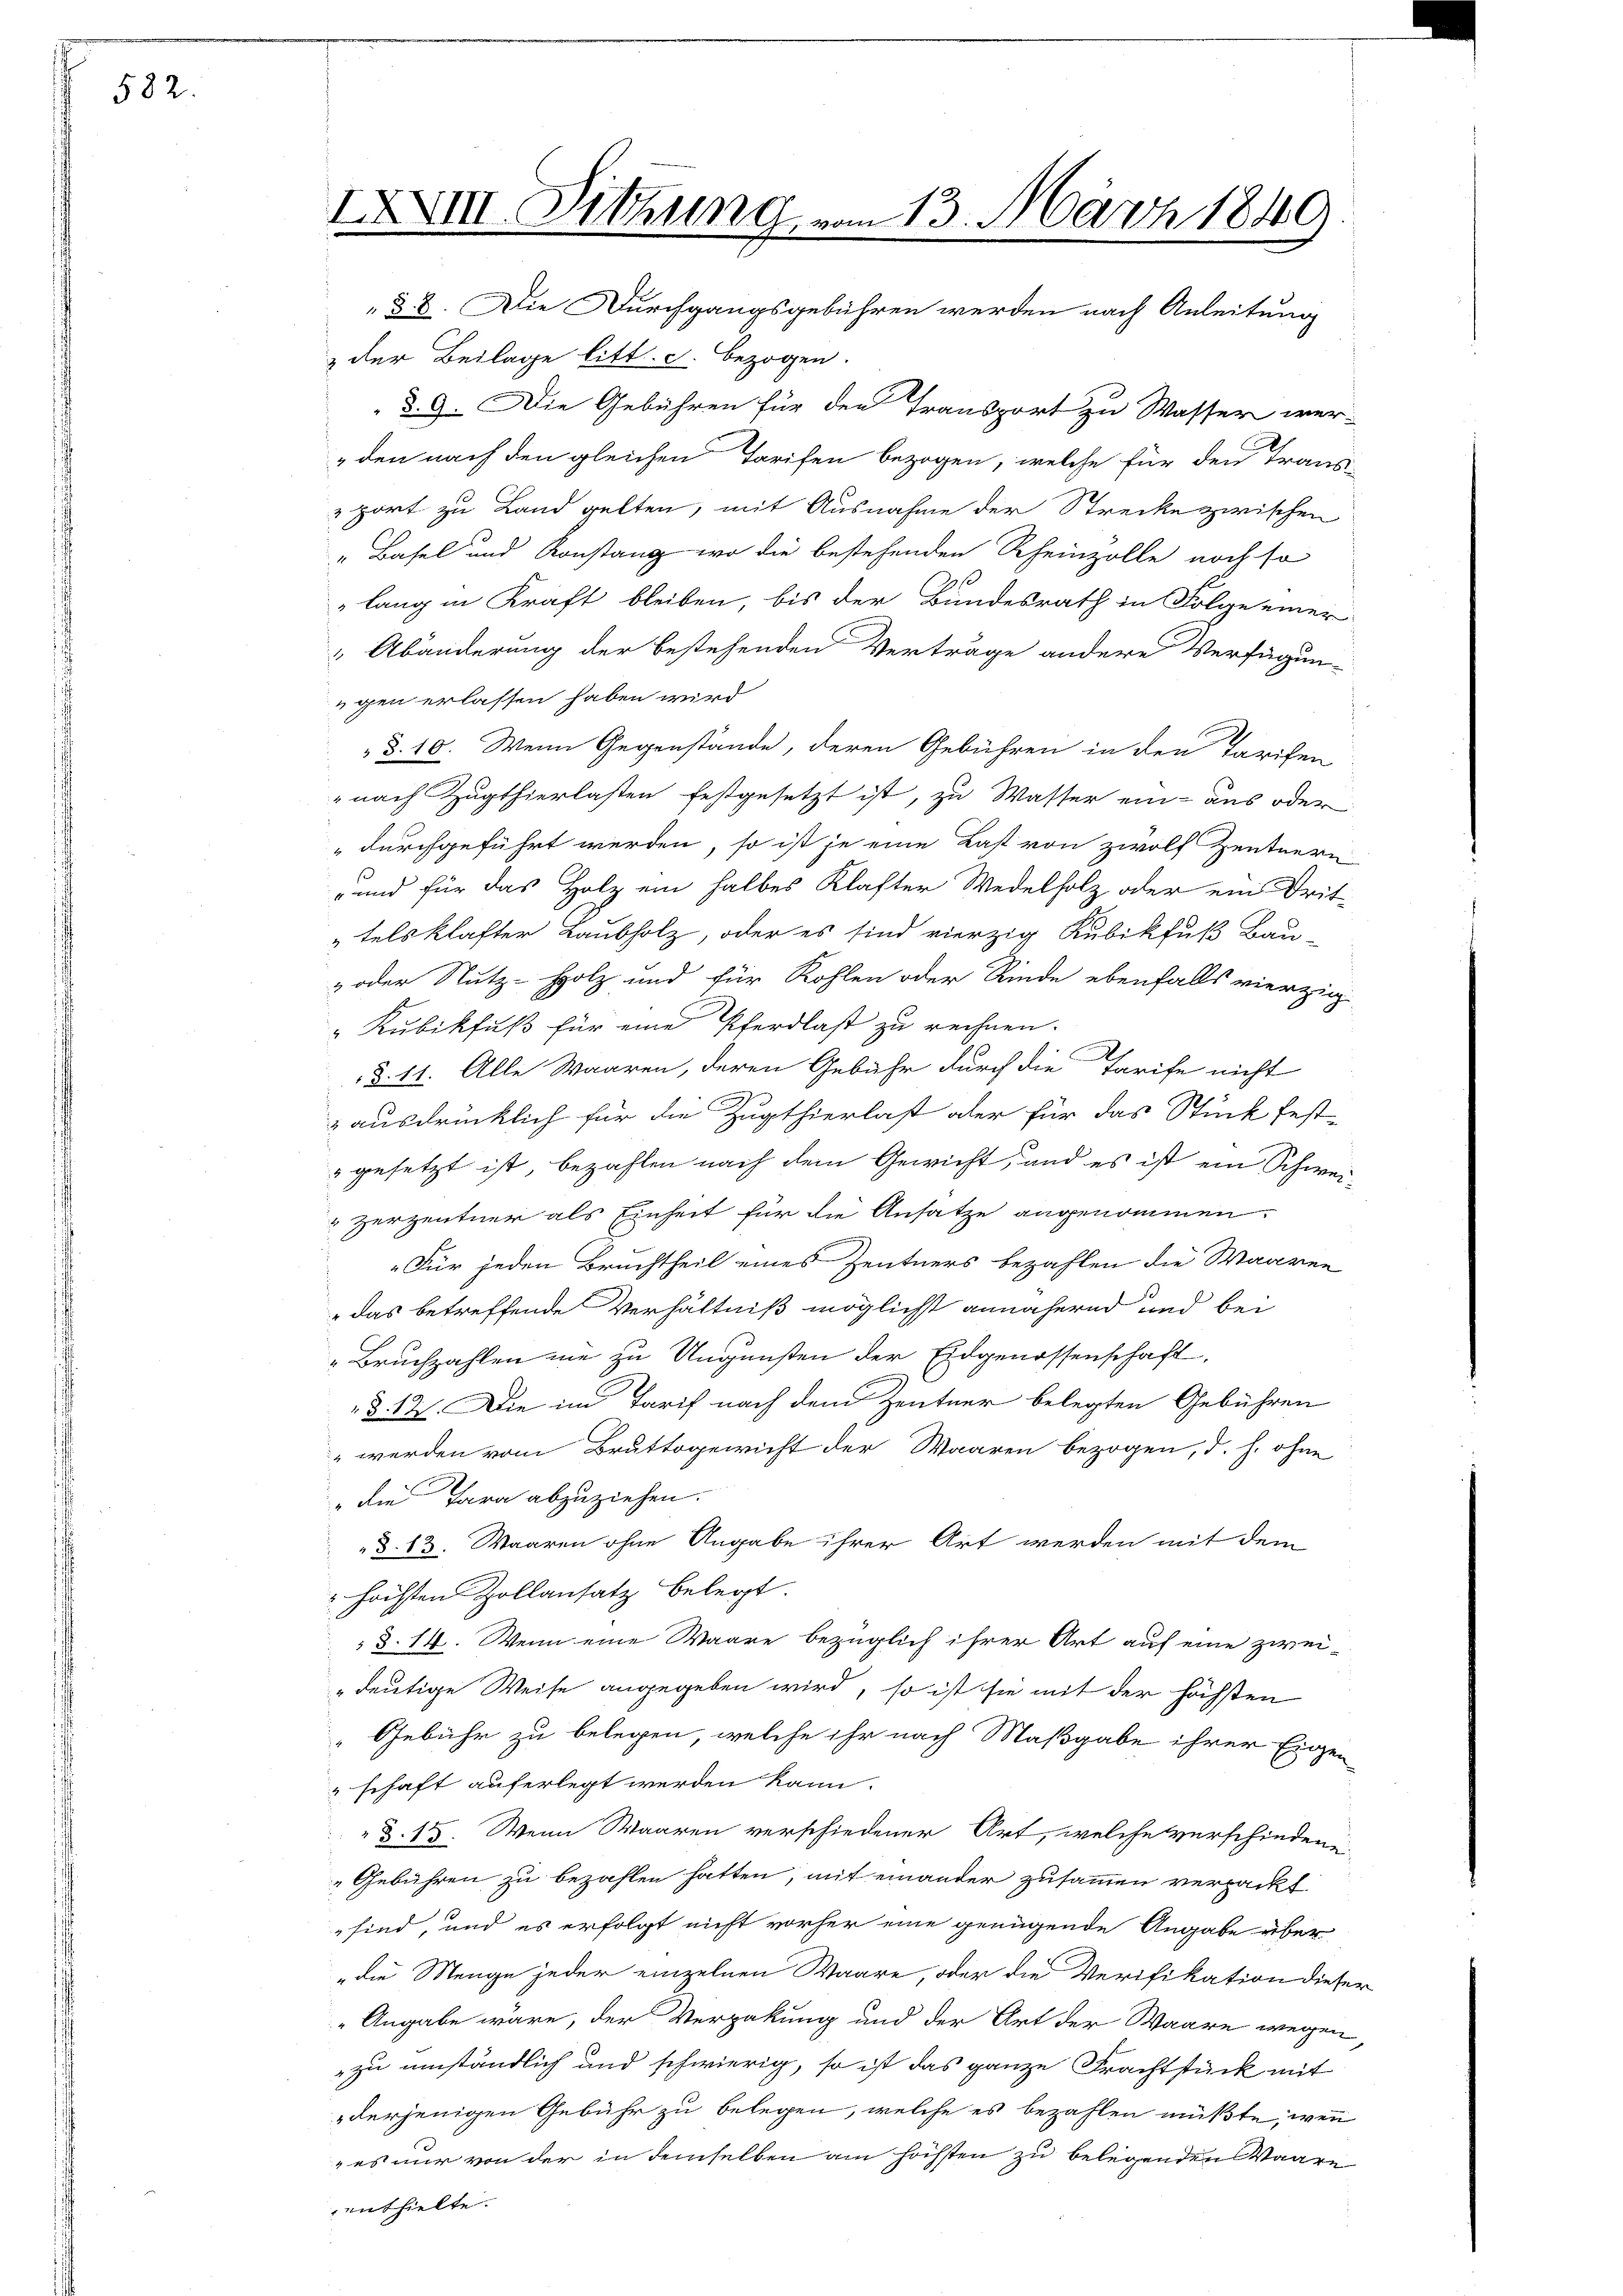
582

IXXIII. Dittung vom 13. März 1849
§ 8. Die Durchgangsgebühren werden nach Anleitung

& der Beilage bitt. c. bezogen.
d. 9. Die Gebühren für den Transport zu Wasser werden nach den gleichen Tarifen bezogen, welche für den Trans-
 port zu Land gelten, mit Ausnahme der Strecke zwischen
" Basel und Konstanz wo die bestehenden Rheinzolle noch so
lang in Kraft bleiben, bis der Bundesrath in Folge einer
 Abänderung der bestehenden Verträge andere Verfügun-
ugen erlassen haben wird
 §. 10. Wenn Gegenstände, deren Gebühren in den Tarifen
 nach Zugthierlasten festgesetzt ist, zu Wasser ein aus oder
durchgeführt werden, so ist je eine Last von zwolf Zentnern
-und für das Holz ein halbes Klafter Wedelholz oder ein Drit-
tels klafter Laubholz, oder es sind vierzig Kubikfuß Bau-
 oder Nutz-Holz und für Kohlen oder Rinde ebenfalls vierzig
" Kubikfuß für eine Pferdlast zu rechnen.
§. 11. Alle Waaren, deren Gebühr durch die Tarife nicht
ausdrücklich für die Zugthierlast oder für das Stück fest-
 gesetzt ist, bezahlen nach dem Gewicht, und es ist ein Schwei¬
Herzentner als Einheit für die Ansatze angenommen
.
"Für jeden Bruchtheil eines Zentners bezahlen die Waaren
 das betreffende Verhältniß möglicht annähernd und bei
Bruchzahlen nie zu Ungunsten der Eidgenossenschaft,
§. 12. Die im Tarif nach dem Zentner belegten Gebühren
" werden vom Bruttogewicht der Waaren bezogen, d. h. ohne
" die Tara abzuziehen.
d. 13. Waaren ohne Angabe ihrer Art werden mit dem
" höchsten Zollansatz belegt.
§.14. Wenn eine Waare bezüglich ihrer Art auf eine zwei¬
" deutige Weise angegeben wird, so ist sie mit der höchsten
Gebühr zu belegen, welche ihr nach Maßgabe ihrer Eigen
"schaft auferlegt werden kann.
 §. 15. Wenn Waaren verschiedener Art, welche verschiedene
Gebühren zu bezahlen hatten, mit einander zusammen verpackt
sind, und es erfolgt nicht vorher eine genügende Angabe über
„die Menge jeder einzelnen Waare, oder die Verifikation diese
Angabe wäre, der Verpakung und der Art der Waare wegen
zu umständlich und schwierig, so ist das ganze Frachtstück mit
derjenigen Gebühr zu belegen, welche es bezahlen müßte, wenn
 es nur von der in demselben am höchsten zu belegenden Waare
enthielte.